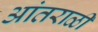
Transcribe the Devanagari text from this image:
आंतराळी